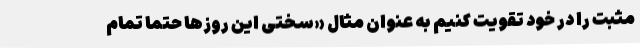
مثبت را در خود تقویت کنیم به عنوان مثال «سختی این روزها حتما تمام